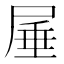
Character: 𭕠